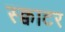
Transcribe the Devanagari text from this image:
स्क्वाटर